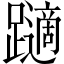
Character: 𲄏